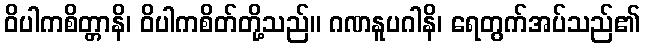
ဝိပါကစိတ္တာနိ၊ ဝိပါကစိတ်တို့သည်။ ဂဏနူပဂါနိ၊ ရေတွက်အပ်သည်၏